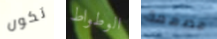
تكون الوطواط مصممة